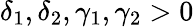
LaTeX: \delta_{1},\delta_{2},\gamma_{1},\gamma_{2}>0